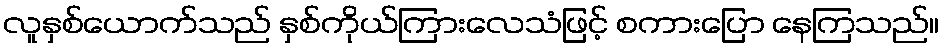
လူနှစ်ယောက်သည် နှစ်ကိုယ်ကြားလေသံဖြင့် စကားပြော နေကြသည်။